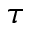
\tau